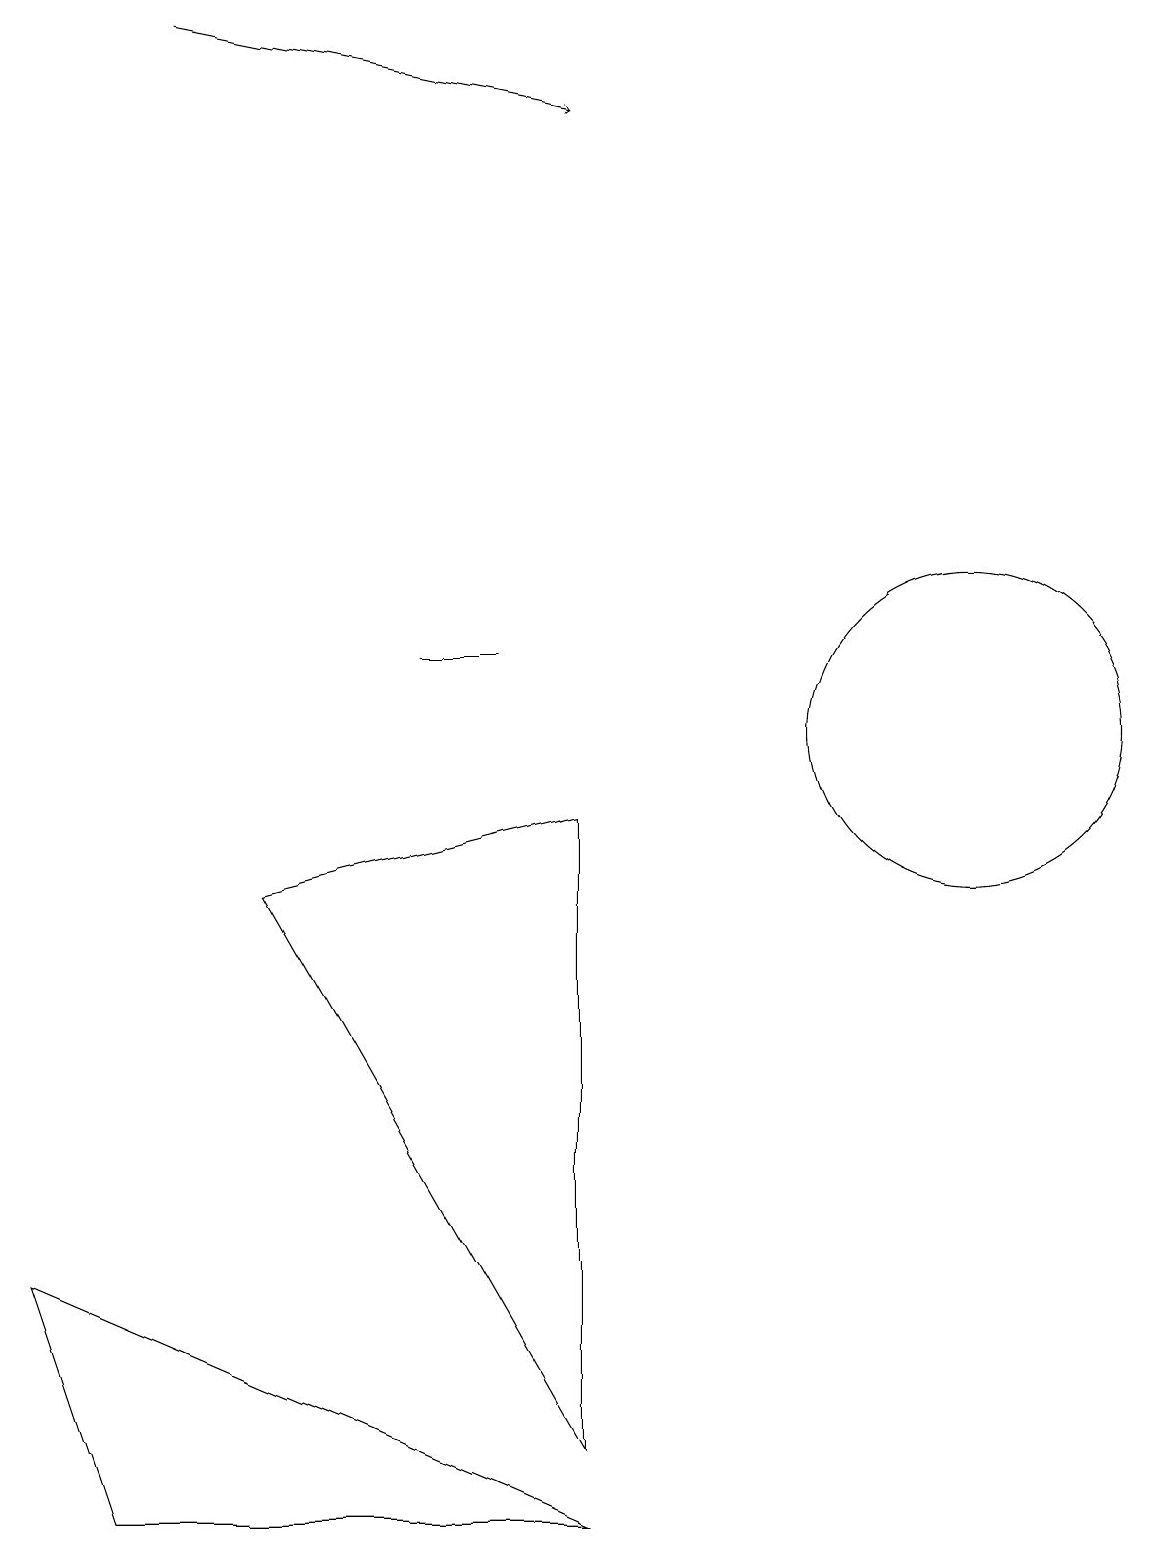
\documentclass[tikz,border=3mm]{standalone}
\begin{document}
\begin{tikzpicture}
\draw (0,3) -- (7,0) -- (1,0) -- cycle;
\draw[->] (2,19) -- (7,18);
\draw (12,10) circle (2);
\draw (5,11) rectangle (6,11);
\draw (3,8) -- (7,9) -- (7,1) -- cycle;
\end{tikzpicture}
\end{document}